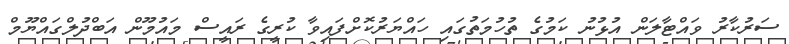
ސަރުކާރު ވައްޓާލަން އުޅުނު ކަމުގެ ތުހުމަތުގައި ހައްޔަރުކޮށްފައިވާ ކުރީގެ ރައީސް މައުމޫން އަބްދުލްގައްޔޫމް